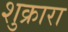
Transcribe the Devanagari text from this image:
शुक्रारा